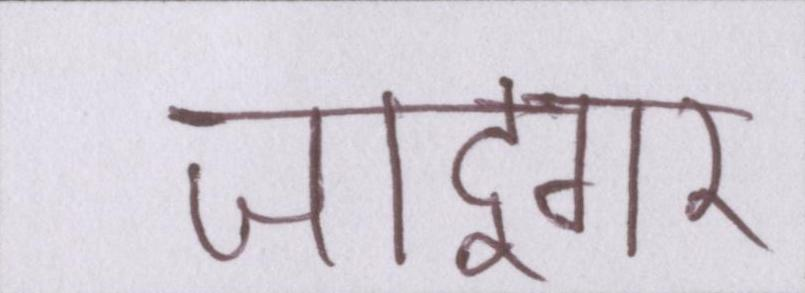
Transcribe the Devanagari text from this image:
जादूगर